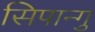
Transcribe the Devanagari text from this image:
सिपान्गु